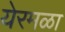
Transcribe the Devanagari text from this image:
येरमळा